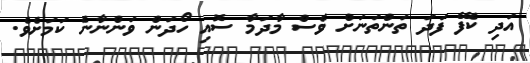
އަދި ކެފޭ ފަދަ ތަންތަނަށް ވެސް މާދަމާ ސޮއި ހޯދަން ވަންނާނެ ކަމަށެވެ.